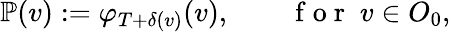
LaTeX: \mathbb{P}(v):=\varphi_{T+\delta(v)}(v),\qquad\mathrm{~f~o~r~}\; v\in O_{0},